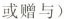
或赠与)